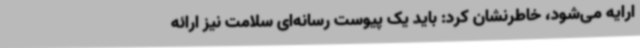
ارایه می‌شود، خاطرنشان کرد: باید یک پیوست رسانه‌ای سلامت نیز ارائه